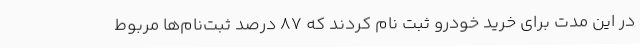
در این مدت برای خرید خودرو ثبت نام کردند که 87 درصد ثبت‌نام‌ها مربوط